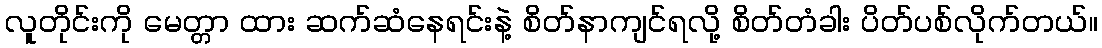
လူတိုင်းကို မေတ္တာ ထား ဆက်ဆံနေရင်းနဲ့ စိတ်နာကျင်ရလို့ စိတ်တံခါး ပိတ်ပစ်လိုက်တယ်။